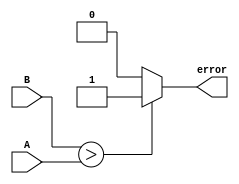
`timescale 1ns / 1ps
module CMP(input [3:0] A,B, output reg error);
always @(*) begin
if ( B > A)
error = 1;
else
error = 0;
end
endmodule